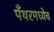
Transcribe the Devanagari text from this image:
पँथरमध्येच